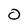
Character: O